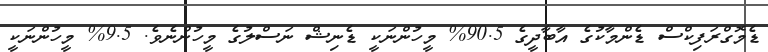
ޑެމޮގްރަފިކްސް ޑެންމާކުގެ އާބާދީގެ 90.5% މީހުންނަކީ ޑެނިޝް ނަސްލުގެ މީހުންނެވެ. 9.5% މީހުންނަކީ